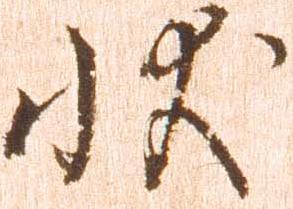
状